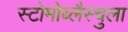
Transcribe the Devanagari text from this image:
स्टोमोब्लैस्चुला